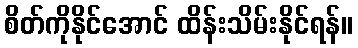
စိတ်ကိုနိုင်အောင် ထိန်းသိမ်းနိုင်ရန်။